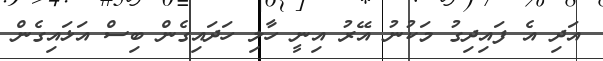
އަދި އެ ފައިދިގު މަކުނު އޭރު އިނީ ހާލި ހަދައިގެން ބިސް އަޅައިގެން